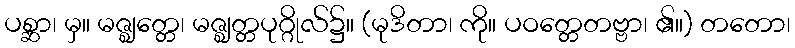
ပစ္ဆာ၊ မှ။ မဇ္ဈတ္တေ၊ မဇ္ဈတ္တပုဂ္ဂိုလ်၌။ (မုဒိတာ၊ ကို။ ပဝတ္တေတဗ္ဗာ၊ ၏။) တတော၊